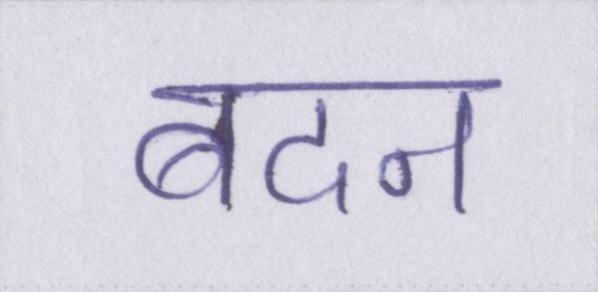
बदन